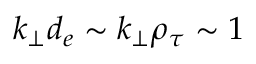
k _ { \perp } d _ { e } \sim k _ { \perp } \rho _ { \tau } \sim 1